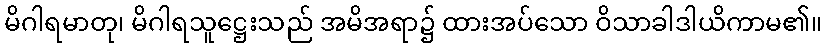
မိဂါရမာတု၊ မိဂါရသူဋ္ဌေးသည် အမိအရာ၌ ထားအပ်သော ဝိသာခါဒါယိကာမ၏။